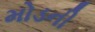
મોડની